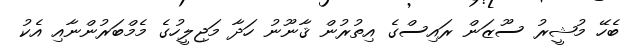
ބެހޭ މުޝީރު ސޫޒަން ރައިސްގެ އިތުރުން ޤާނޫނު ހަދާ މަޖިލީހުގެ މެމްބަރުންނާއި އެކު